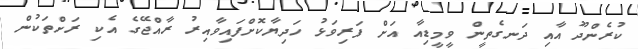
ކުރެންދޫ އާއި ދަނގެތީން ވީމީޑިއާ އަށް ފަރިވަޅު ހަދިޔާކޮށްފައިވާއިރު ރާއްޖޭގެ އެކި ރަށްތަކުން